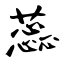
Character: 蕊